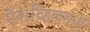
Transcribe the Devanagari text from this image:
नॅशव्हिलमध्ये